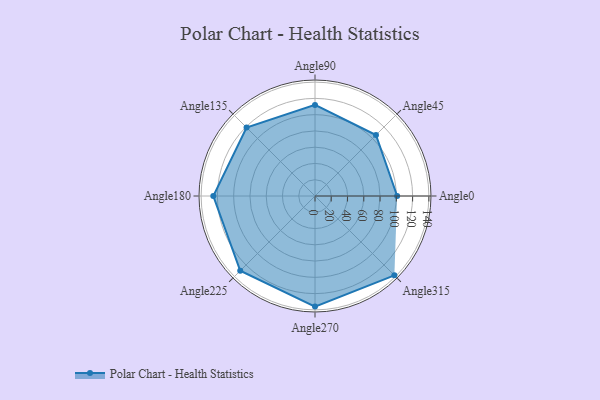
{"axis": {"x": "Angle", "y": "Radius"}, "legend": [""], "data": [{"x": "Angle0", "y": 101.0, "type": ""}, {"x": "Angle45", "y": 106.0, "type": ""}, {"x": "Angle90", "y": 112.0, "type": ""}, {"x": "Angle135", "y": 119.0, "type": ""}, {"x": "Angle180", "y": 125.0, "type": ""}, {"x": "Angle225", "y": 130.0, "type": ""}, {"x": "Angle270", "y": 136.0, "type": ""}, {"x": "Angle315", "y": 138.0, "type": ""}]}